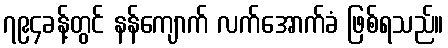
၇၉၄ခန့်တွင် နန်ကျောက် လက်အောက်ခံ ဖြစ်ရသည်။